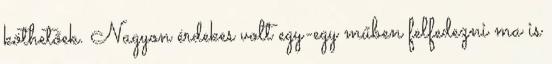
köthetőek. Nagyon érdekes volt egy-egy műben felfedezni ma is